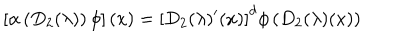
LaTeX: \left[ \alpha \left( D _ { 2 } ( \lambda ) \right) \phi \right] ( x ) = \left[ D _ { 2 } ( \lambda ) ^ { \prime } ( x ) \right] ^ { d } \phi \left( D _ { 2 } ( \lambda ) ( x ) \right)